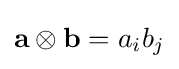
{\mathbf {a}}\otimes {\mathbf {b}}=a_{i}b_{j}